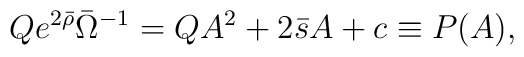
Q e^{2\bar{\rho}}\bar{\Omega}^{-1}=QA^2+2\bar{s}A+c \equiv P(A),